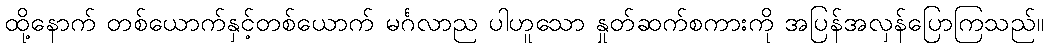
ထို့နောက် တစ်ယောက်နှင့်တစ်ယောက် မင်္ဂလာည ပါဟူသော နှုတ်ဆက်စကားကို အပြန်အလှန်ပြောကြသည်။